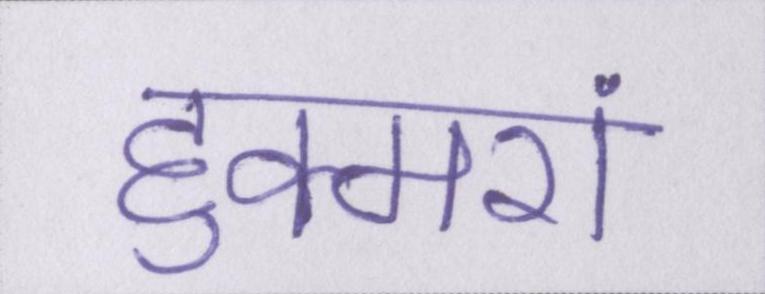
हुक्मरां